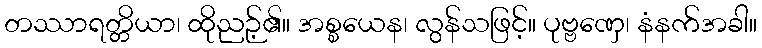
တဿာရတ္တိယာ၊ ထိုညဉ့်၏။ အစ္စယေန၊ လွန်သဖြင့်။ ပုဗ္ဗဏှေ၊ နံနက်အခါ။